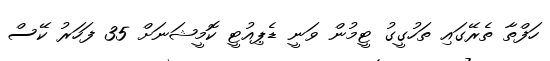
ހަފްތާ ތެރޭގައި ތަހުގީގު ޓީމުން ވަނީ ޑެޕިއުޓީ ކޮމީޝަނަށް 35 ފަހަރު ކޭސް